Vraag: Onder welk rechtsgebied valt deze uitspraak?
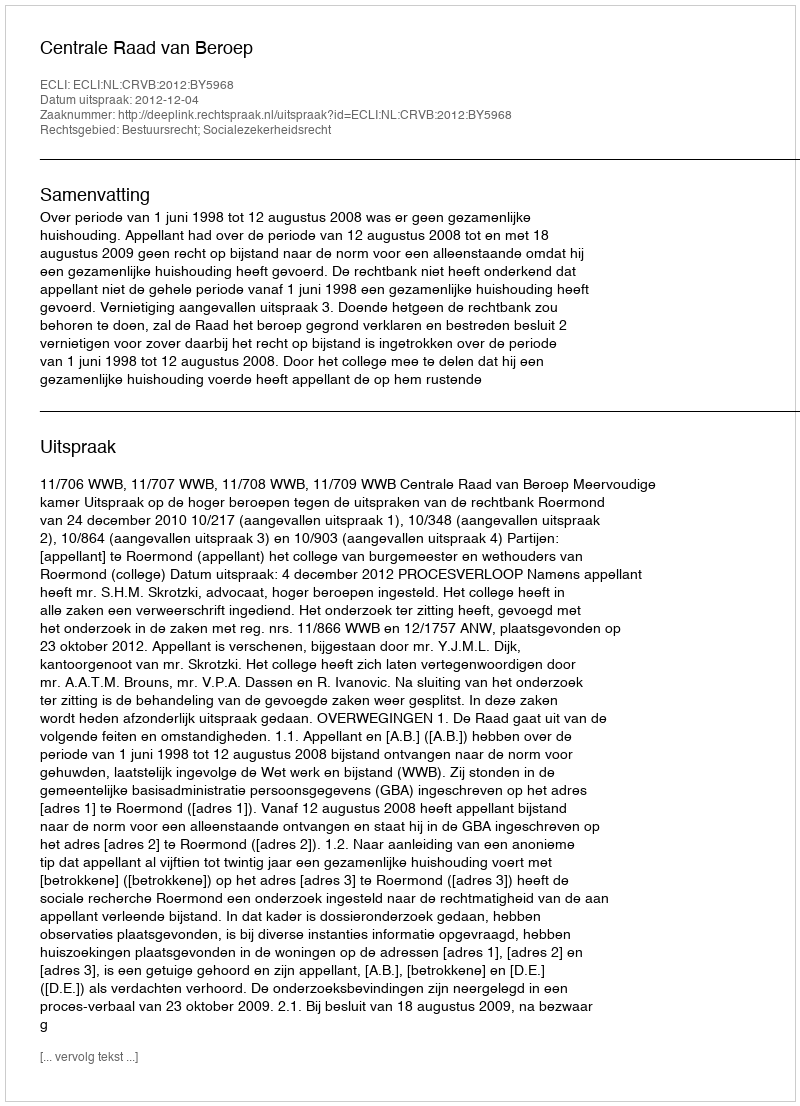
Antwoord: Bestuursrecht; Socialezekerheidsrecht